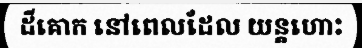
ដីគោក នៅពេលដែល យន្តហោះ